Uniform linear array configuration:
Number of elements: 8
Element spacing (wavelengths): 1
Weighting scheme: binomial
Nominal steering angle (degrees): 15
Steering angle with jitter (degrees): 16.572
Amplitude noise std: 0.05
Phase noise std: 0.05

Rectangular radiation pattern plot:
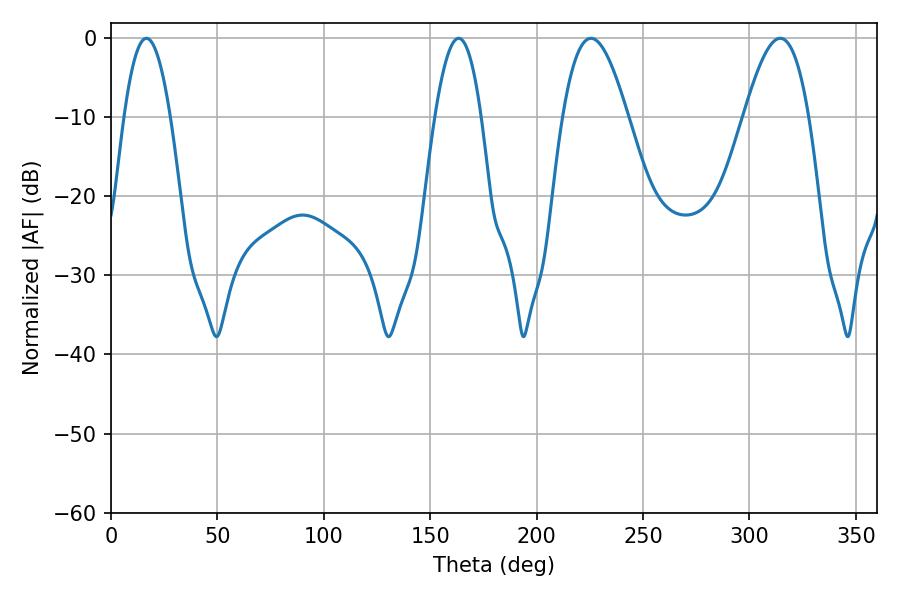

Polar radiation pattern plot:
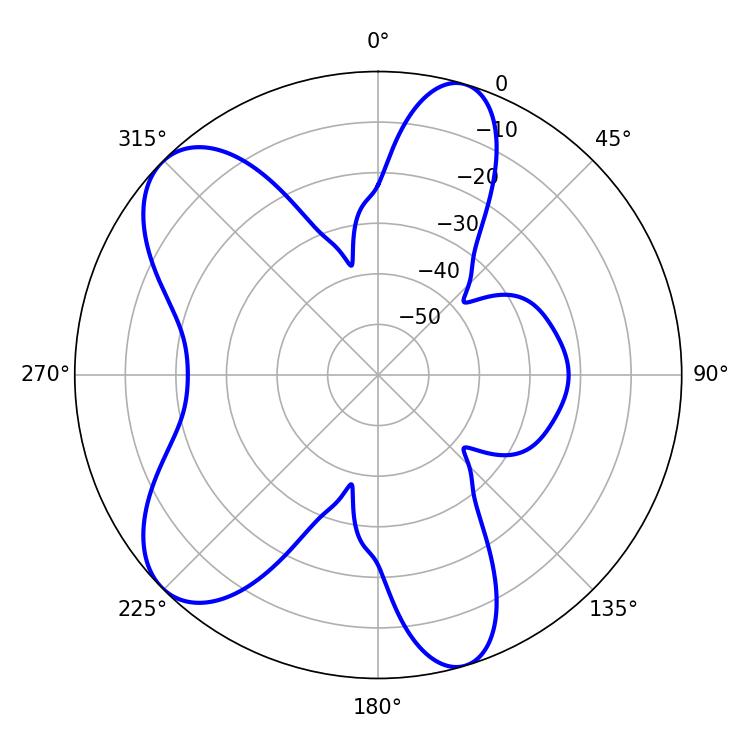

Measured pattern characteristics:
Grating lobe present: TRUE
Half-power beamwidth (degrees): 16.56
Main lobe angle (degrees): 225.54